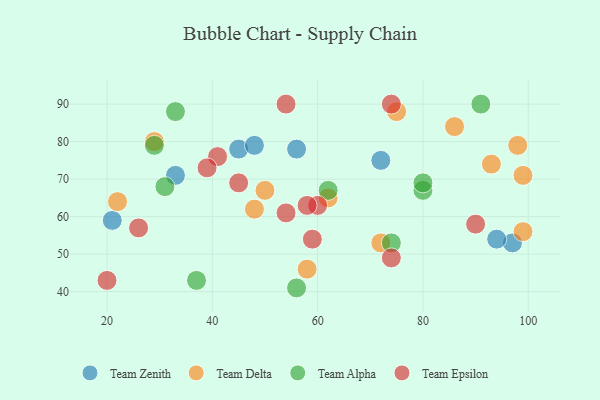
{"axis": {"x": "GDP", "y": "Life Expectancy"}, "legend": ["Team Alpha", "Team Delta", "Team Epsilon", "Team Zenith"], "data": [{"x": "21", "y": 59, "type": "Team Zenith"}, {"x": "72", "y": 75, "type": "Team Zenith"}, {"x": "33", "y": 71, "type": "Team Zenith"}, {"x": "97", "y": 53, "type": "Team Zenith"}, {"x": "45", "y": 78, "type": "Team Zenith"}, {"x": "56", "y": 78, "type": "Team Zenith"}, {"x": "94", "y": 54, "type": "Team Zenith"}, {"x": "48", "y": 79, "type": "Team Zenith"}, {"x": "99", "y": 71, "type": "Team Delta"}, {"x": "86", "y": 84, "type": "Team Delta"}, {"x": "75", "y": 88, "type": "Team Delta"}, {"x": "93", "y": 74, "type": "Team Delta"}, {"x": "98", "y": 79, "type": "Team Delta"}, {"x": "22", "y": 64, "type": "Team Delta"}, {"x": "58", "y": 46, "type": "Team Delta"}, {"x": "50", "y": 67, "type": "Team Delta"}, {"x": "48", "y": 62, "type": "Team Delta"}, {"x": "99", "y": 56, "type": "Team Delta"}, {"x": "62", "y": 65, "type": "Team Delta"}, {"x": "72", "y": 53, "type": "Team Delta"}, {"x": "29", "y": 80, "type": "Team Delta"}, {"x": "80", "y": 67, "type": "Team Alpha"}, {"x": "62", "y": 67, "type": "Team Alpha"}, {"x": "29", "y": 79, "type": "Team Alpha"}, {"x": "74", "y": 53, "type": "Team Alpha"}, {"x": "91", "y": 90, "type": "Team Alpha"}, {"x": "56", "y": 41, "type": "Team Alpha"}, {"x": "31", "y": 68, "type": "Team Alpha"}, {"x": "33", "y": 88, "type": "Team Alpha"}, {"x": "80", "y": 69, "type": "Team Alpha"}, {"x": "37", "y": 43, "type": "Team Alpha"}, {"x": "45", "y": 69, "type": "Team Epsilon"}, {"x": "26", "y": 57, "type": "Team Epsilon"}, {"x": "74", "y": 49, "type": "Team Epsilon"}, {"x": "41", "y": 76, "type": "Team Epsilon"}, {"x": "59", "y": 54, "type": "Team Epsilon"}, {"x": "54", "y": 61, "type": "Team Epsilon"}, {"x": "90", "y": 58, "type": "Team Epsilon"}, {"x": "20", "y": 43, "type": "Team Epsilon"}, {"x": "60", "y": 63, "type": "Team Epsilon"}, {"x": "58", "y": 63, "type": "Team Epsilon"}, {"x": "54", "y": 90, "type": "Team Epsilon"}, {"x": "74", "y": 90, "type": "Team Epsilon"}, {"x": "39", "y": 73, "type": "Team Epsilon"}]}